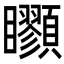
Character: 𩖇